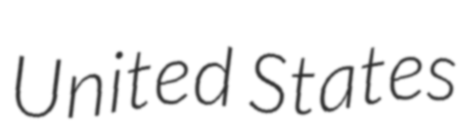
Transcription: United States